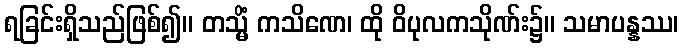
ရခြင်းရှိသည်ဖြစ်၍။ တသ္မိံ ကသိဏေ၊ ထို ဝိပုလကသိုဏ်း၌။ သမာပန္နဿ၊